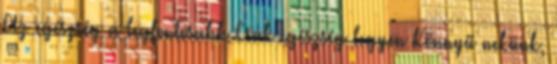
Az egészség a legfontosabb Csak egészség legyen Könnyű nekünk,